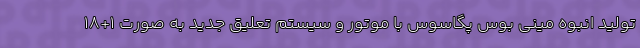
تولید انبوه مینی بوس پگاسوس با موتور و سیستم تعلیق جدید به صورت 1+18